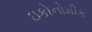
ઇકોનોમીક